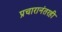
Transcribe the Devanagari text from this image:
प्रचारानंतरही